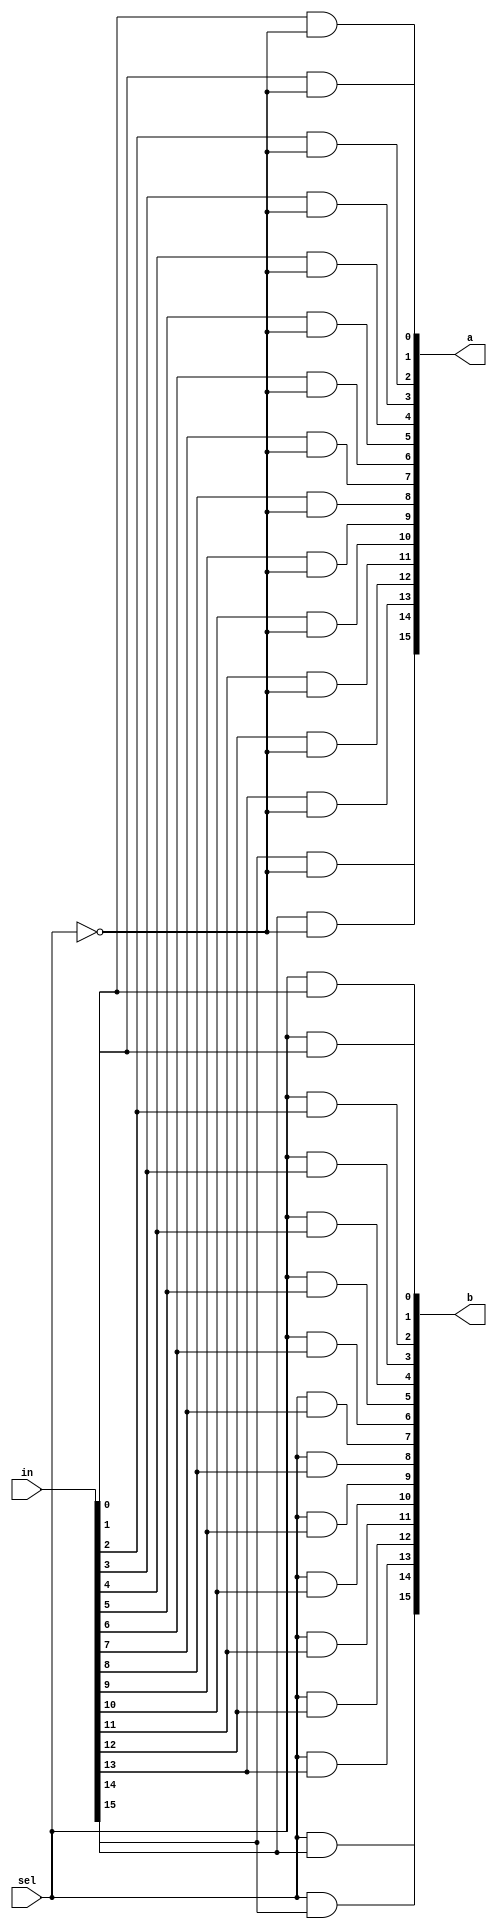
/* mdulo DMux16 */

`ifndef _DMux16_
`define _DMux16_

module DMux16(a, b, in, sel);
    input sel;
    input [15:0] in;
    wire not_sel;
    output [15:0] a, b;

    not (not_sel, sel);
    
    and(a[0], in[0], not_sel);
    and(b[0], sel, in[0]);

    and(a[1], in[1], not_sel);
    and(b[1], sel, in[1]);

    and(a[2], in[2], not_sel);
    and(b[2], sel, in[2]);

    and(a[3], in[3], not_sel);
    and(b[3], sel, in[3]);

    and(a[4], in[4], not_sel);
    and(b[4], sel, in[4]);

    and(a[5], in[5], not_sel);
    and(b[5], sel, in[5]);

    and(a[6], in[6], not_sel);
    and(b[6], sel, in[6]);

    and(a[7], in[7], not_sel);
    and(b[7], sel, in[7]);

    and(a[8], in[8], not_sel);
    and(b[8], sel, in[8]);

    and(a[9], in[9], not_sel);
    and(b[9], sel, in[9]);

    and(a[10], in[10], not_sel);
    and(b[10], sel, in[10]);

    and(a[11], in[11], not_sel);
    and(b[11], sel, in[11]);

    and(a[12], in[12], not_sel);
    and(b[12], sel, in[12]);

    and(a[13], in[13], not_sel);
    and(b[13], sel, in[13]);

    and(a[14], in[14], not_sel);
    and(b[14], sel, in[14]);

    and(a[15], in[15], not_sel);
    and(b[15], sel, in[15]);
endmodule

`endif